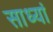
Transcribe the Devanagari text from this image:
साध्यां